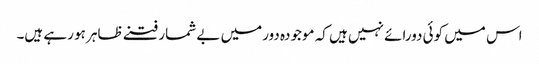
اس میں کوئی دورائے نہیں ہیں کہ موجودہ دورمیں بے شمار فتنے ظاہر ہو رہے ہیں۔